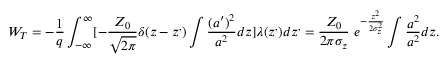
W _ { T } = - \frac { 1 } { q } \int _ { - \infty } ^ { \infty } [ { - \frac { Z _ { 0 } } { \sqrt { 2 \pi } } \delta ( z - z ^ { , } ) \int \frac { ( a ^ { \prime } ) ^ { 2 } } { a ^ { 2 } } d z } ] \lambda ( z ^ { , } ) d z ^ { , } = \frac { Z _ { 0 } } { 2 \pi \sigma _ { z } } \ e ^ { - \frac { z ^ { 2 } } { 2 \sigma _ { z } ^ { 2 } } } \int \frac { a ^ { 2 } } { a ^ { 2 } } d z .